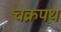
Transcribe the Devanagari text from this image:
चक्रपथ